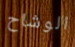
الوشاح